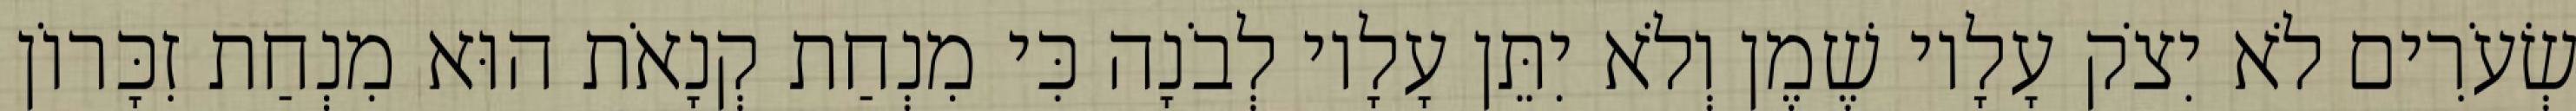
שְׂעֹרִים לֹא יִצֹק עָלָיו שֶׁמֶן וְלֹא יִתֵּן עָלָיו לְבֹנָה כִּי מִנְחַת קְנָאֹת הוּא מִנְחַת זִכָּרוֹן